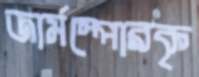
জার্মস্পোরকৃ